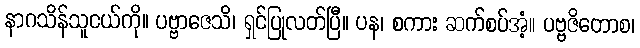
နာဂသိန်သူငယ်ကို။ ပဗ္ဗာဇေသိ၊ ရှင်ပြုလတ်ပြီ။ ပန၊ စကား ဆက်စပ်အံ့။ ပဗ္ဗဇိတောစ၊